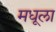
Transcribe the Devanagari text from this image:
मधूला